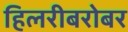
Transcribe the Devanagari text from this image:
हिलरीबरोबर